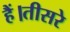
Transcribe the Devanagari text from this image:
हैं।तीसरे